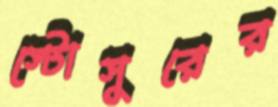
স্টোসুরের